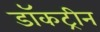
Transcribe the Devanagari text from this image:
डॉकट्रीन